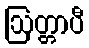
ဩတ္တာပီ